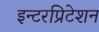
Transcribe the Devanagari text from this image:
इन्टरप्रिटेशन